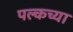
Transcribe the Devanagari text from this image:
पल्कच्या